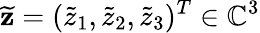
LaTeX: \widetilde{\mathbf z}=(\widetilde{z}_{1},\widetilde{z}_{2},\widetilde{z}_{3})^{T}\in\mathbb{C}^{3}